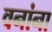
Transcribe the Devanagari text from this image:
वनांना